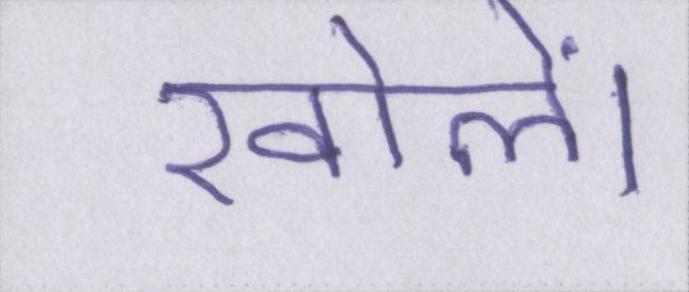
खोलें।